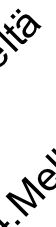
M ä